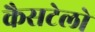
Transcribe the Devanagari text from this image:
कैसटेलो